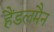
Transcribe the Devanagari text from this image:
हैंडलमैन